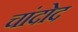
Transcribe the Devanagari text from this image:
चांदोद